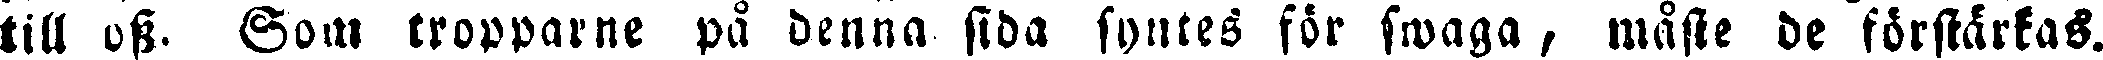
till oss. Som tropparne på denna sida syntes för swaga, måste de förstärkas.